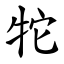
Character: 㸰